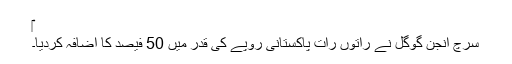
‎
سرچ انجن گوگل نے راتوں رات پاکستانی روپے کی قدر میں 50 فیصد کا اضافہ کردیا۔